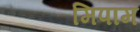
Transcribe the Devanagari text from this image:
मिपाम